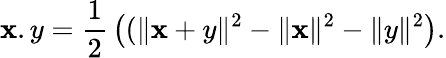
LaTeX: \mathbf{x}.y={\frac{{1}}{{2}}}\left((\| \mathbf{x}+y\| ^{2}-\| \mathbf{x}\| ^{2}-\| y\| ^{2}\right).